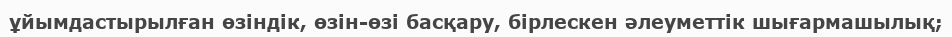
ұйымдастырылған өзіндік, өзін-өзі басқару, бірлескен әлеуметтік шығармашылық;